system: You are a helpful assistant.
user:
Analyze the provided spectrum to determine if it is a **White Dwarf (WD)**.

A White Dwarf spectrum is defined by its **extreme purity** (due to gravitational settling) and/or **extreme pressure broadening** (due to high surface gravity). You must check for one of the following mutually exclusive signatures:

- **Key Visual Indicators (Check for ONE of these types):**

    - **1. DA-Type Signature (Most Common):**
        - **(Primary Feature):** Extreme pressure broadening (Stark broadening) of the **Hydrogen (H) Balmer lines**.
        - **(Key Lines):** $H\beta$ (approx. $4861$ Å) and $H\gamma$ (approx. $4340$ Å). $H\alpha$ (approx. $6563$ Å) will also be present if the wavelength range covers it.
        - **(Line Profile):** This is the **defining feature**. The lines are **NOT** sharp. They appear as massive, **extremely broad and deep "troughs" or "dips"** in the spectrum, often hundreds of Ångströms wide. The continuum will appear to "scoop" down at these wavelengths.
        - **(Distinction):** Normal A-type or B-type stars have *narrow* and *sharp* Hydrogen lines. A DA White Dwarf's lines are unmistakably "smeared" or "blurry" from pressure.

    - **2. DB-Type Signature:**
        - **(Primary Feature):** Broad absorption lines from **Neutral Helium (He I)**. The spectrum must lack any visible Hydrogen lines.
        - **(Key Lines):** Look for broad absorption near $4471$ Å, $4921$ Å, and $5876$ Å.
        - **(Line Profile):** These lines are also significantly pressure-broadened, appearing much wider than they would in a normal B-type main-sequence star.

    - **3. DC-Type Signature:**
        - **(Primary Feature):** A **featureless continuous spectrum**.
        - **(Line Profile):** The spectrum is a smooth curve with **no significant absorption or emission lines**.
        - **(Key Confirmation):** The continuum is almost always **blue or white**, indicating a hot object. This signature implies the atmosphere is so pure (or so cool) that no spectral lines are visible in the optical range. Its WD identity is confirmed by its extremely low intrinsic brightness (high absolute magnitude).

    - **4. DZ-Type Signature (Metal-Polluted):**
        - **(Primary Feature):** **Isolated, narrow metal absorption lines** on an otherwise featureless (DC-like) continuum.
        - **(Key Lines):** The **Calcium (Ca II) H & K doublet** (approx. **$3934$ Å** and **$3968$ Å**) is the most common and defining feature.
        - **(Line Profile):** These lines are "out of place." They are *not* part of a "forest" of thousands of lines. This signature is evidence of recent *accretion* (pollution) from rocky debris.
        - **(Distinction):** Normal G/K/M stars have a *dense forest* of thousands of metal lines. A DZ has a *clean* continuum with *only a few* strong metal lines.

    - **5. DQ-Type Signature (Carbon-Polluted):**
        - **(Primary Feature):** Absorption bands from **Carbon (C₂ "Swan Bands" or atomic C I)**.
        - **(Key Lines - C₂):** Look for bandheads with a "saw-tooth" shape near $5635$ Å, **$5165$ Å** (strongest), and $4737$ Å.
        - **(Key Confirmation):** The underlying **continuum must be blue or white** (hot).
        - **(Distinction):** This is the critical difference from a **Carbon Star**, which has the *exact same* C₂ bands but on an extremely **red, cool** continuum.

- **(Overall Spectrum):**
    - The continuum (overall shape) is typically **blue-sloping** (brighter in the blue than the red), as most white dwarfs are very hot.
    - The spectrum will look "pure" or "simple," dominated by only *one* of the five signatures listed above.

Think first, call **spectral_visualization_tool** if needed to examine features in detail, then provide your final answer. Your response must adhere to the following strict rules:
1.  **Overall Structure:** Your response must follow the format `<think>...</think> <tool_call>...</tool_call> (if a tool is used) <answer>...</answer>`.
2.  **Tool Usage Constraint:** You may only make **one** tool call per turn.
3.  **Final Answer Format:** In the `<answer>` tag, your conclusion must be inside a `\boxed{}` command (e.g., `\boxed{YES}` or `\boxed{NO}`), followed by your justification.

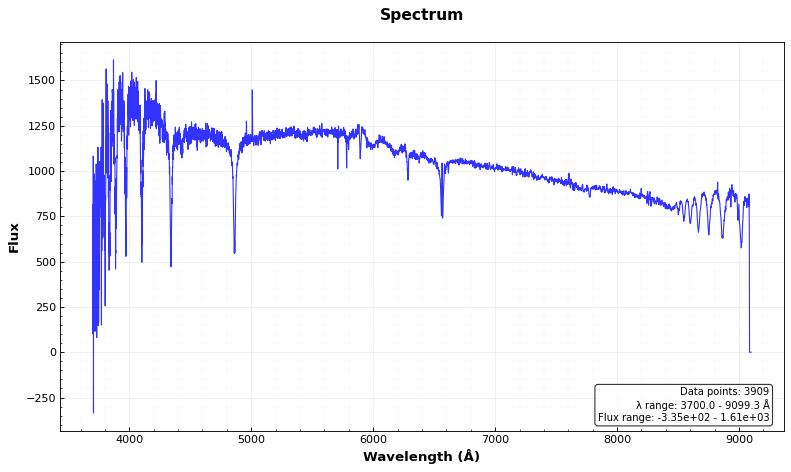
Answer: NO